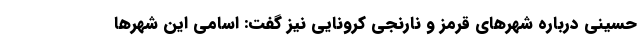
حسینی درباره شهرهای قرمز و نارنجی کرونایی نیز گفت: اسامی این شهرها